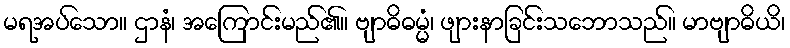
မရအပ်သော။ ဌာနံ၊ အကြောင်းမည်၏။ ဗျာဓိဓမ္မံ၊ ဖျားနာခြင်းသဘောသည်။ မာဗျာဓိယိ၊